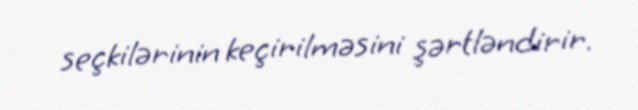
seçkilərinin keçirilməsini şərtləndirir.